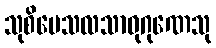
သုစိပေသလသာဓုဂုဏေသု